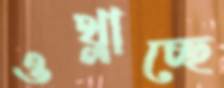
ওথ্‌লাচ্ছে